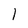
Character: I